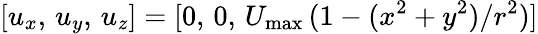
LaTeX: [u_{x},\, u_{y},\, u_{z}]=[0,\, 0,\, U_{\mathrm{max}}\, (1-(x^{2}+y^{2})/r^{2})]